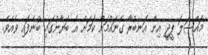
މައްސަލަ ޕީޖީ އިން އަނބުރާ ގެނައުމަށް ކަމަށް އެ ބަޔާނުގައި ބުނެފައި ވެއެވެ.